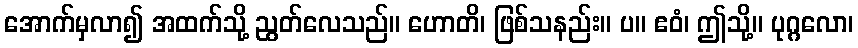
အောက်မှလာ၍ အထက်သို့ ညွတ်လေသည်။ ဟောတိ၊ ဖြစ်သနည်း။ ပ။ ဧဝံ၊ ဤသို့။ ပုဂ္ဂလော၊